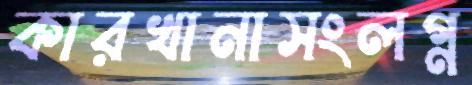
কারখানাসংলগ্ন